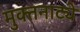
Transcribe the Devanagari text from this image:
मुक्‍तनाट्ये